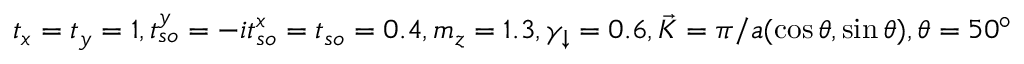
t _ { x } = t _ { y } = 1 , t _ { s o } ^ { y } = - i t _ { s o } ^ { x } = t _ { s o } = 0 . 4 , m _ { z } = 1 . 3 , \gamma _ { \downarrow } = 0 . 6 , \vec { K } = \pi / a ( \cos \theta , \sin \theta ) , \theta = 5 0 ^ { \circ }